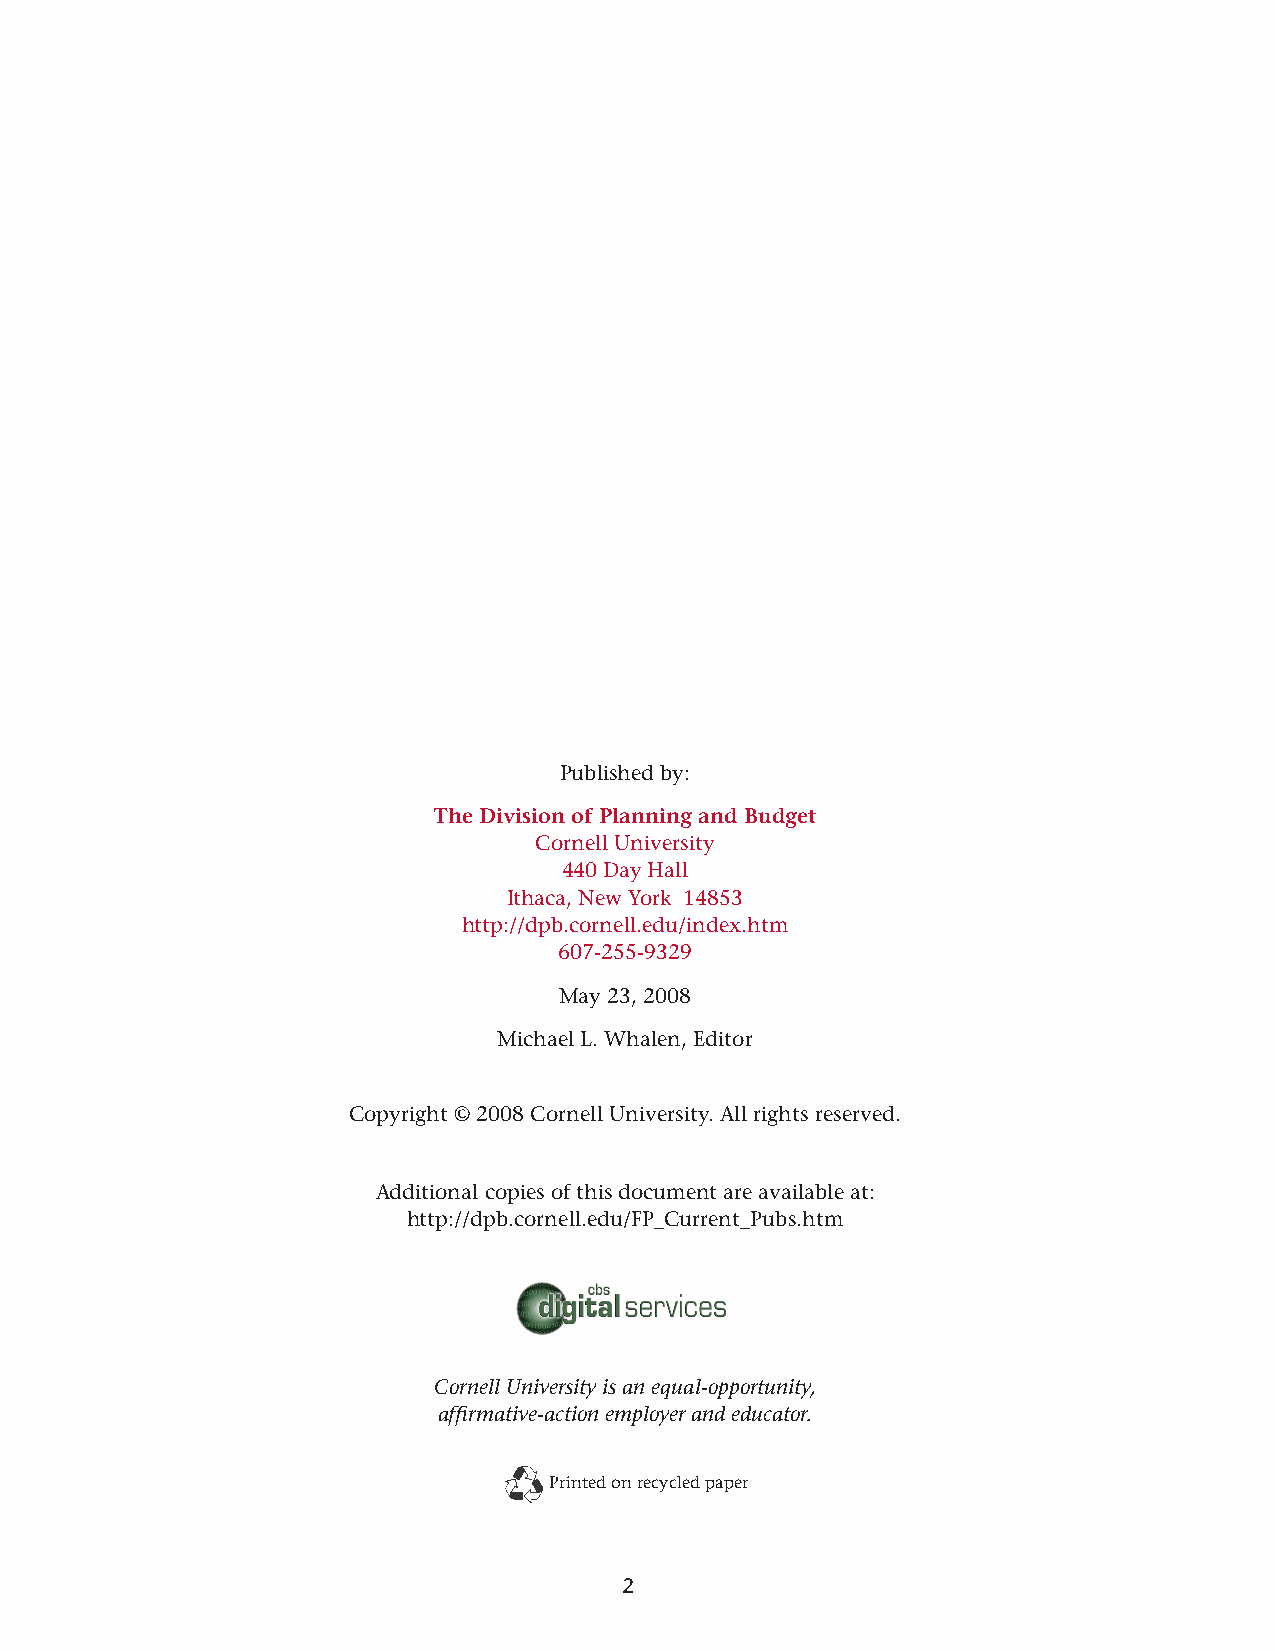
Published by:
 The Division of Planning and Budget
 Cornell University
 440 Day Hall
 Ithaca, New York 14853
 http://dpb.cornell.edu/index.htm
 607-255-9329
 May 23, 2008
 Michael L. Whalen, Editor
 Copyright © 2008 Cornell University. All rights reserved.
 Additional copies of this document are available at:
 http://dpb.cornell.edu/FP_Current_Pubs.htm
 Cornell University is an equal-opportunity,
 affirmative-action employer and educator.
 Printed on recycled paper
 2